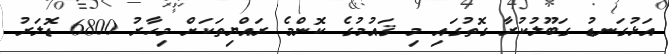
އަޅުގަނޑު ގަބޫލުކުރާ ގޮތުގައި މި ޤައުމުގެ ކޮންމެ ރައްޔިތަކަށް މިހާރު 6800 ޑޮލަރު